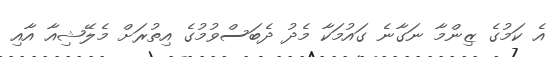
އެ ކަމުގެ ޒިންމާ ނަގާނެ ގައުމަކާ މެދު ދެބަސްވުމުގެ އިތުރަށް މެލޭޝިއާ އާއި